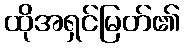
ထိုအရှင်မြတ်၏